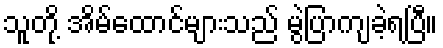
သူတို့ အိမ်ထောင်များသည် မွဲပြာကျခဲ့ရပြီ။